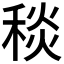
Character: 𥟢